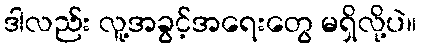
ဒါလည်း လူ့အခွင့်အရေးတွေ မရှိလို့ပဲ။